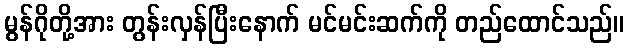
မွန်ဂိုတို့အား တွန်းလှန်ပြီးနောက် မင်မင်းဆက်ကို တည်ထောင်သည်။